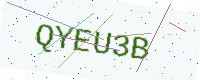
Text: QYEU3B